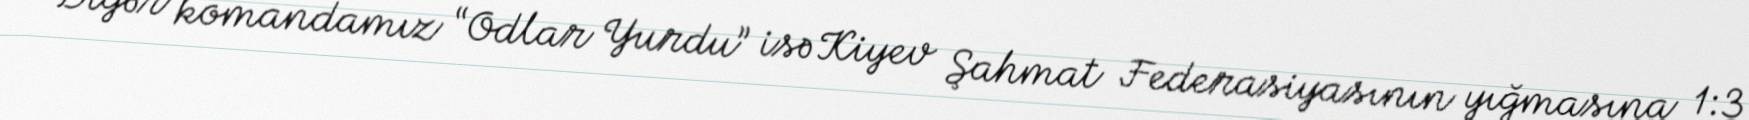
Digər komandamız “Odlar Yurdu” isə Kiyev Şahmat Federasiyasının yığmasına 1:3